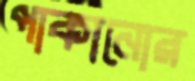
পাকানোর